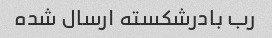
رب بادرشکسته ارسال شده